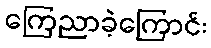
ကြေညာခဲ့ကြောင်း